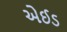
એઈડ